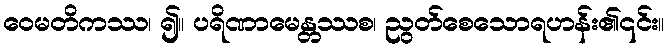
ဝေမတိကဿ၊ ၍။ ပရိဏာမေန္တဿစ၊ ညွတ်စေသောရဟန်း၏၎င်း။